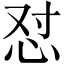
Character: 怼